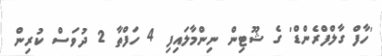
'ހާފް ގާލްފްރެންޑް' ގެ ޝޫޓިން ނިންމާލައިފި 4 ހަފްތާ 2 ދުވަސް ކުރިން